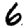
Digit: 6